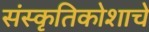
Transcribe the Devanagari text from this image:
संस्कृतिकोशाचे